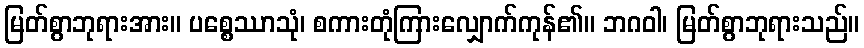
မြတ်စွာဘုရားအား။ ပစ္စေဿာသုံ၊ စကားတုံကြားလျှောက်ကုန်၏။ ဘဂဝါ၊ မြတ်စွာဘုရားသည်။